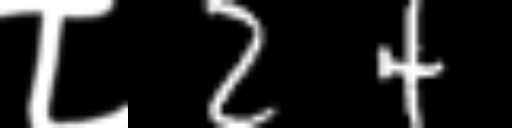
Text: ८24